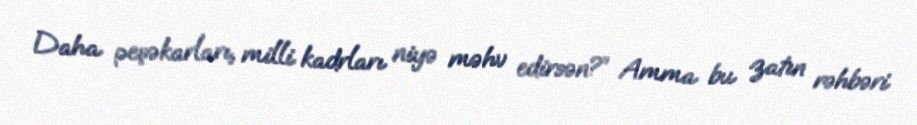
Daha peşəkarları, milli kadrları niyə məhv edirsən?” Amma bu zatın rəhbəri